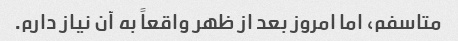
متاسفم، اما امروز بعد از ظهر واقعاً به آن نیاز دارم.